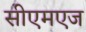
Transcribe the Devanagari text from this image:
सीएमएज